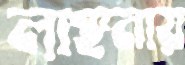
লাঞ্ছনায়